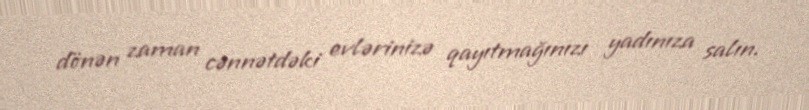
dönən zaman cənnətdəki evlərinizə qayıtmağınızı yadınıza salın.